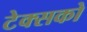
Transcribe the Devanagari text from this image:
टेक्सको